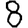
Digit: 8